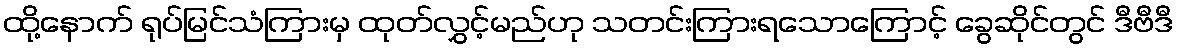
ထို့နောက် ရုပ်မြင်သံကြားမှ ထုတ်လွှင့်မည်ဟု သတင်းကြားရသောကြောင့် ခွေဆိုင်တွင် ဒီဗီဒီ